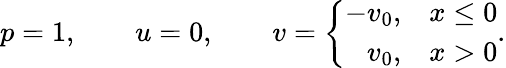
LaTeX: p=1,\qquad u=0,\qquad v=\left\{ \begin{array}{ll}{-v_{0},}&{x\leq 0}\\ {\phantom{-}v_{0},}&{x>0}\end{array}\right..